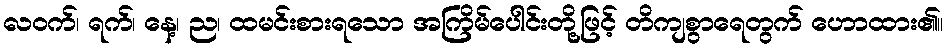
လဝက်၊ ရက်၊ နေ့၊ ည၊ ထမင်းစားရသော အကြိမ်ပေါင်းတို့ဖြင့် တိကျစွာရေတွက် ဟောထား၏။